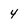
Character: 4